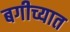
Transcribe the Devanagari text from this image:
बगीच्यात